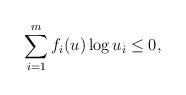
LaTeX: \begin{align*} \sum_{i=1}^mf_i(u)\log u_i \leq 0, \end{align*}